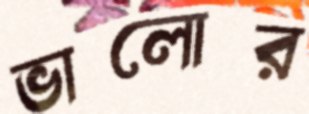
ভালোর